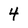
Character: 4